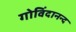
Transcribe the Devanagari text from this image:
गोविंदानन्द